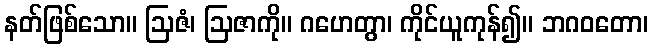
နတ်ဖြစ်သော။ ဩဇံ၊ ဩဇာကို။ ဂဟေတွာ၊ ကိုင်ယူကုန်၍။ ဘဂဝတော၊